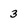
Character: 3